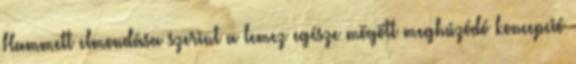
Hammett elmondása szerint a lemez egésze mögött meghúzódó koncepció